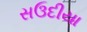
સઉદીયા